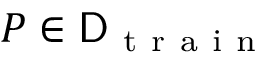
P \in \mathsf { D } _ { \mathrm { ~ t ~ r ~ a ~ i ~ n ~ } }